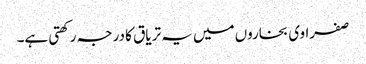
صفراوی بخاروں میں یہ تریاق کا درجہ رکھتی ہے۔